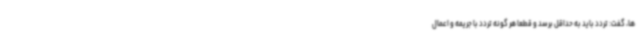
ها، گفت: تردد باید به حداقل برسد و قطعا هر گونه تردد با جریمه و اعمال